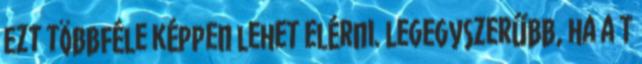
Ezt többféle képpen lehet elérni. Legegyszerűbb, ha a T